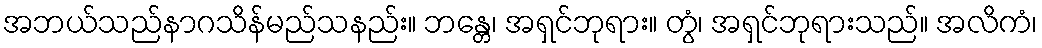
အဘယ်သည်နာဂသိန်မည်သနည်း။ ဘန္တေ၊ အရှင်ဘုရား။ တွံ၊ အရှင်ဘုရားသည်။ အလိကံ၊